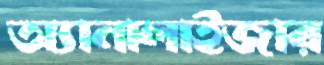
অ্যানালাইজার